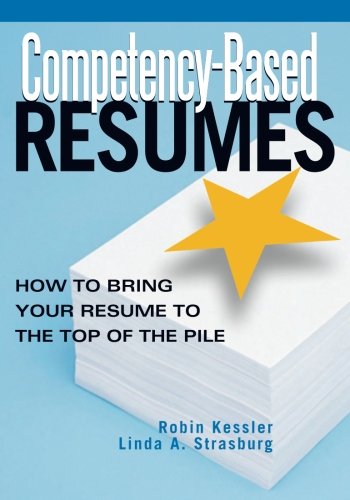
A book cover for Competency-Based Resumes; Robin Kessler; Business & Money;